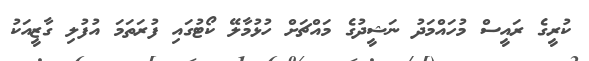
ކުރީގެ ރައީސް މުހައްމަދު ނަޝީދުގެ މައްޗަށް ހުޅުމާލޭ ކޯޓުގައި ފުރަތަމަ އުފުލި ގާޒީއަކު